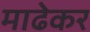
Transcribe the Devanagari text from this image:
माढेकर